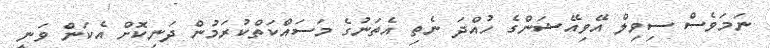
ނަމަވެސް ސިވިލް އޭވިއޭޝަންގެ ހުއްދަ ނެތި އެތަނުގެ މަސައްކަތްކުރަމުން ދަނިކޮށް އެކަން ވަނީ